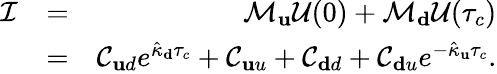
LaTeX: \begin{array}{rlr}{\mathcal{I}}&{=}&{\mathcal{M}_{\mathbf u}\mathcal{U}(0)+\mathcal{M}_{\mathbf d}\mathcal{U}(\tau_{c})}\\ &{=}&{\mathcal{C}_{\mathbf ud}e^{\hat{\kappa}_{\mathbf d}\tau_{c}}+\mathcal{C}_{\mathbf uu}+\mathcal{C}_{\mathbf dd}+\mathcal{C}_{\mathbf du}e^{-\hat{\kappa}_{\mathbf u}\tau_{c}}.}\end{array}